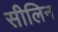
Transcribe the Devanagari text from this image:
सीलिन